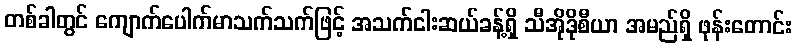
တစ်ခါတွင် ကျောက်ပေါက်မာသက်သက်ဖြင့် အသက်ငါးဆယ်ခန့်ရှိ သီအိုဒိုစီယာ အမည်ရှိ ဖုန်းတောင်း